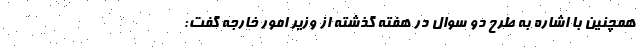
همچنین با اشاره به طرح دو سوال در هفته گذشته از وزیر امور خارجه گفت: